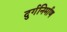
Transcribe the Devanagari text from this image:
दुर्गनिर्माण